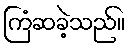
ကြံဆခဲ့သည်။